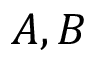
A , B